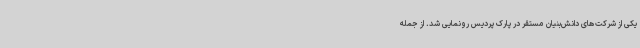
یکی از شرکت‌های دانش‌بنیان مستقر در پارک پردیس رونمایی شد. از جمله